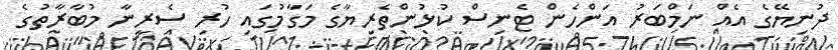
ދުނިޔޭގެ އެއް ނަމްބަރު އަންހެން ޓެނިސް ކުޅުންތެރިޔާގެ މަގާމުގައި ހުރި ސެރީނާ މުބާރާތުގެ